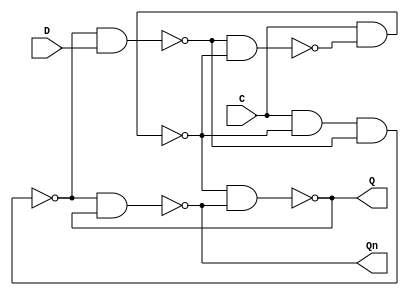
//submitted by Siddharth Singh(17CO146) & Chaitany Pandiya(17C0112)
module d1(Q,Qn,D,C);
	input D,C;
	output Q,Qn;
	wire S,R,w1,w2,w3;
	nand(S,C,w1);//Referred diagram in the book 
	nand(R,C,S,w2);
	nand(w1,w2,S);
	nand(w2,R,D);
	nand(Q,S,Qn);
	nand(Qn,R,Q);
endmodule